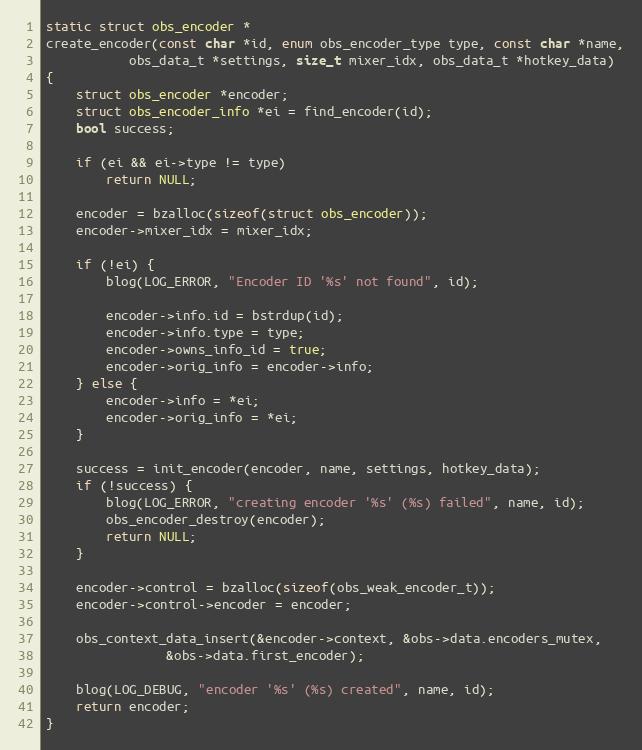
Language: C
static struct obs_encoder *
create_encoder(const char *id, enum obs_encoder_type type, const char *name,
	       obs_data_t *settings, size_t mixer_idx, obs_data_t *hotkey_data)
{
	struct obs_encoder *encoder;
	struct obs_encoder_info *ei = find_encoder(id);
	bool success;

	if (ei && ei->type != type)
		return NULL;

	encoder = bzalloc(sizeof(struct obs_encoder));
	encoder->mixer_idx = mixer_idx;

	if (!ei) {
		blog(LOG_ERROR, "Encoder ID '%s' not found", id);

		encoder->info.id = bstrdup(id);
		encoder->info.type = type;
		encoder->owns_info_id = true;
		encoder->orig_info = encoder->info;
	} else {
		encoder->info = *ei;
		encoder->orig_info = *ei;
	}

	success = init_encoder(encoder, name, settings, hotkey_data);
	if (!success) {
		blog(LOG_ERROR, "creating encoder '%s' (%s) failed", name, id);
		obs_encoder_destroy(encoder);
		return NULL;
	}

	encoder->control = bzalloc(sizeof(obs_weak_encoder_t));
	encoder->control->encoder = encoder;

	obs_context_data_insert(&encoder->context, &obs->data.encoders_mutex,
				&obs->data.first_encoder);

	blog(LOG_DEBUG, "encoder '%s' (%s) created", name, id);
	return encoder;
}